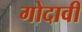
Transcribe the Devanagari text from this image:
गोदावी